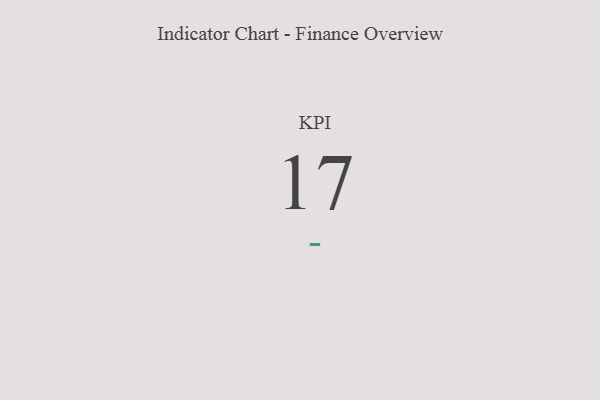
{"axis": {"x": "KPI", "y": "Value"}, "legend": [""], "data": [{"x": "KPI", "y": 17, "type": ""}]}